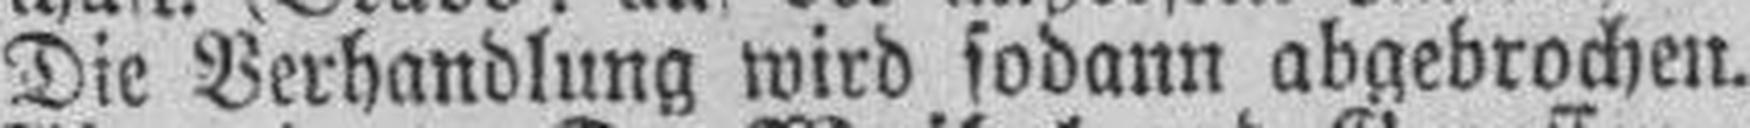
Die Verhandlung wird sodann abgebrochen.